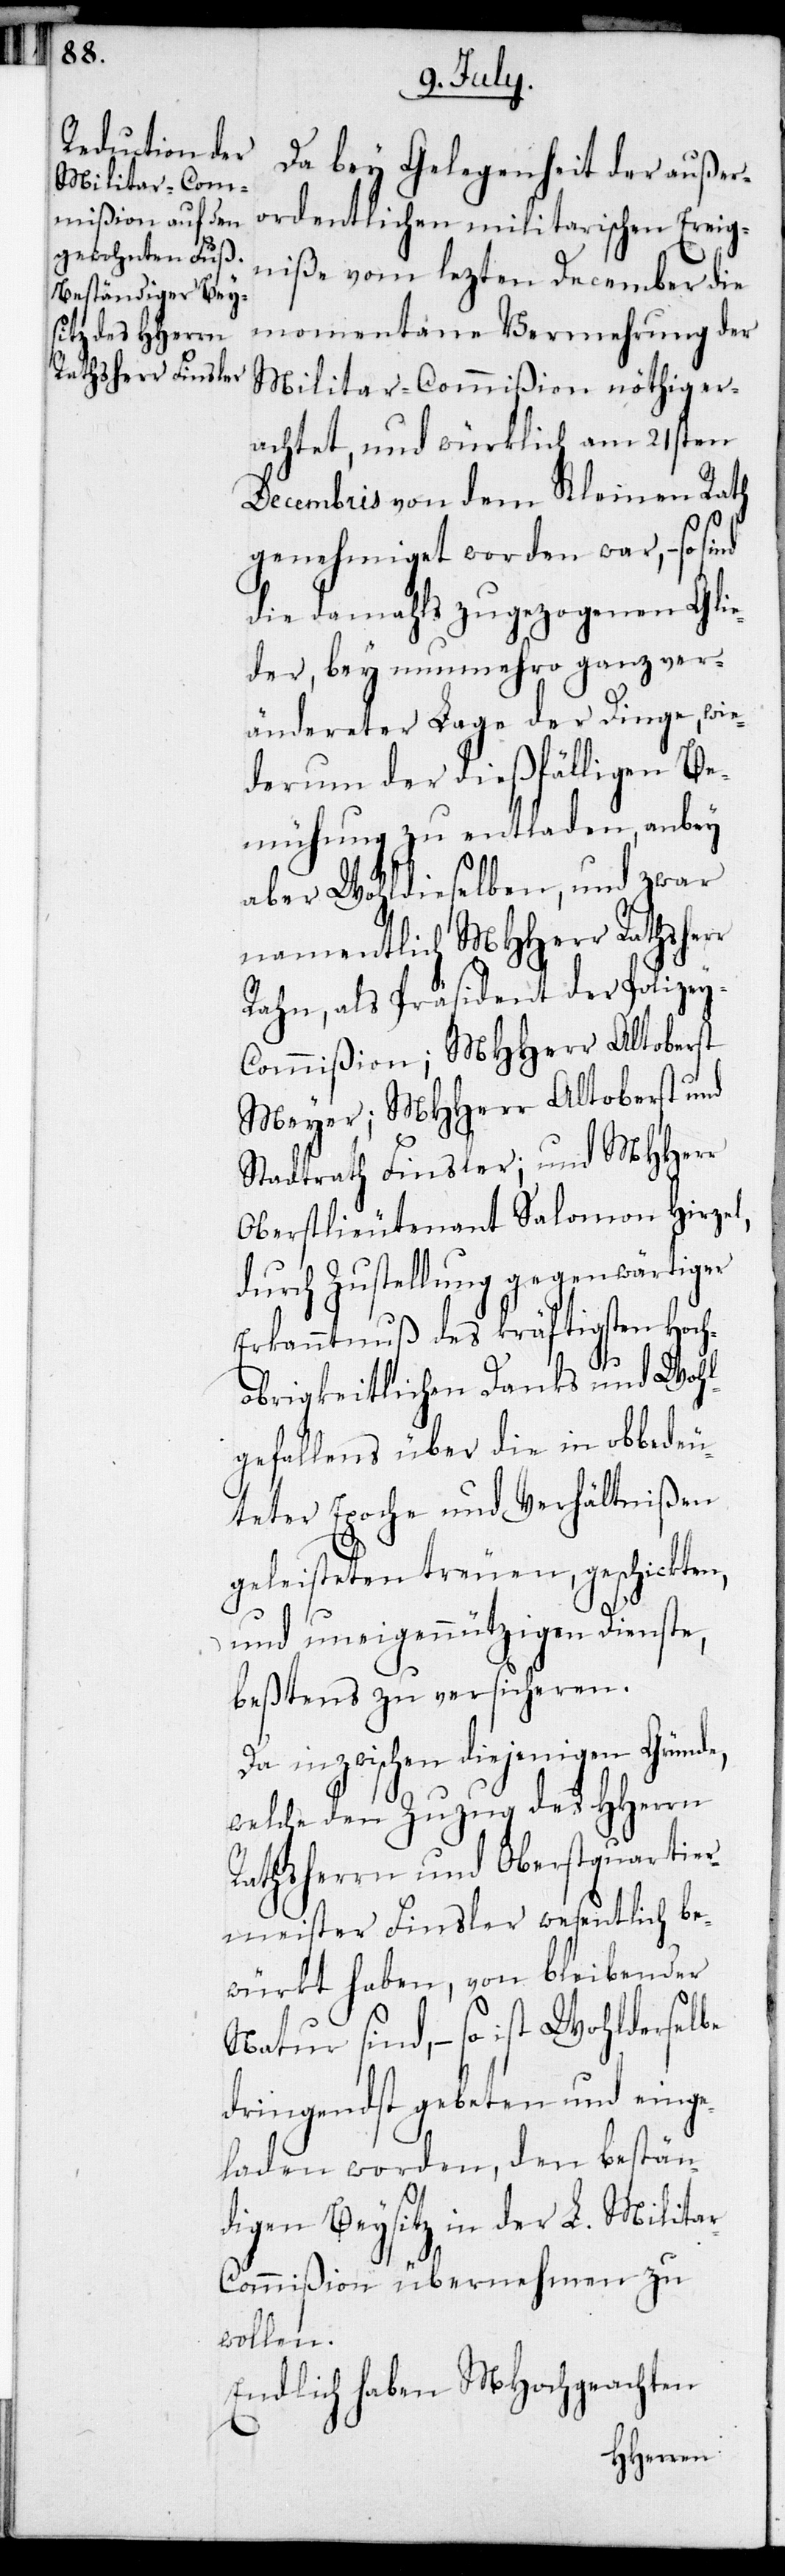
Da bey Gelegenheit der außer¬
ordentlichen militarischen Ereig¬
niße vom lezten Dezember die
momentane Vermehrung der
Militar-Commißion nöthig er¬
achtet, und würklich am 21sten
Decembris von dem Kleinen Rath
genehmiget worden war, – so
die damahls zugezogenen Glie¬
der, bey nunmehro ganz ver¬
ändereter Lage der Dinge, wie¬
derum der dießfälligen Be¬
mühung zu entladen, anbey
aber Wohldieselben, und zwar
namentlich MHHerr Rathsherr
Rahn, als Präsident der Polizey-C¬
ommißion; MHHerr Altoberst
Meyer; MHHerr Altoberst und
Stadtrath Finsler; und MHHerr
Oberlieutenant Salomon Hirzel,
durch Zustellung gegenwärtiger
Erkanntnuß des kräftigsten Hoch¬
obrigkeitlichen Danks und Wohl¬
gefallens über die in obbedeu¬
teter Epoche und Verhältnißen
geleisteten treuen, geschickten,
und uneigennützigen Dienste,
beßtens zu versicheren.
Da inzwischen diejenigen Gründe,
welche den Zuzug des HHerrn
Rathsherrn und Oberstquartier¬
meister Finsler wesentlich be¬
würkt haben, von bleibender
Natur sind, – so ist Wohlderselbe
dringendst gebeten und einge¬
laden worden, den bestän¬
digen Beysitz in der L. Milita¬
r-Commißion übernehmen zu
wollen.
Endlich haben MHochgeachten